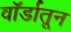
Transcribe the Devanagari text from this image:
वॉर्डातून